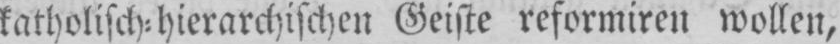
katholisch⸗hierarchischen Geiste reformiren wollen,